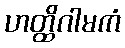
ဟတ္ထိဂါမကံ